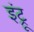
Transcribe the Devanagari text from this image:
इंट्रू